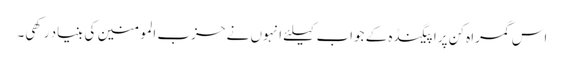
اس گمراہ کن پراپیگنڈہ کے جواب کیلئے انہوں نے حزب المومنین کی بنیاد رکھی۔